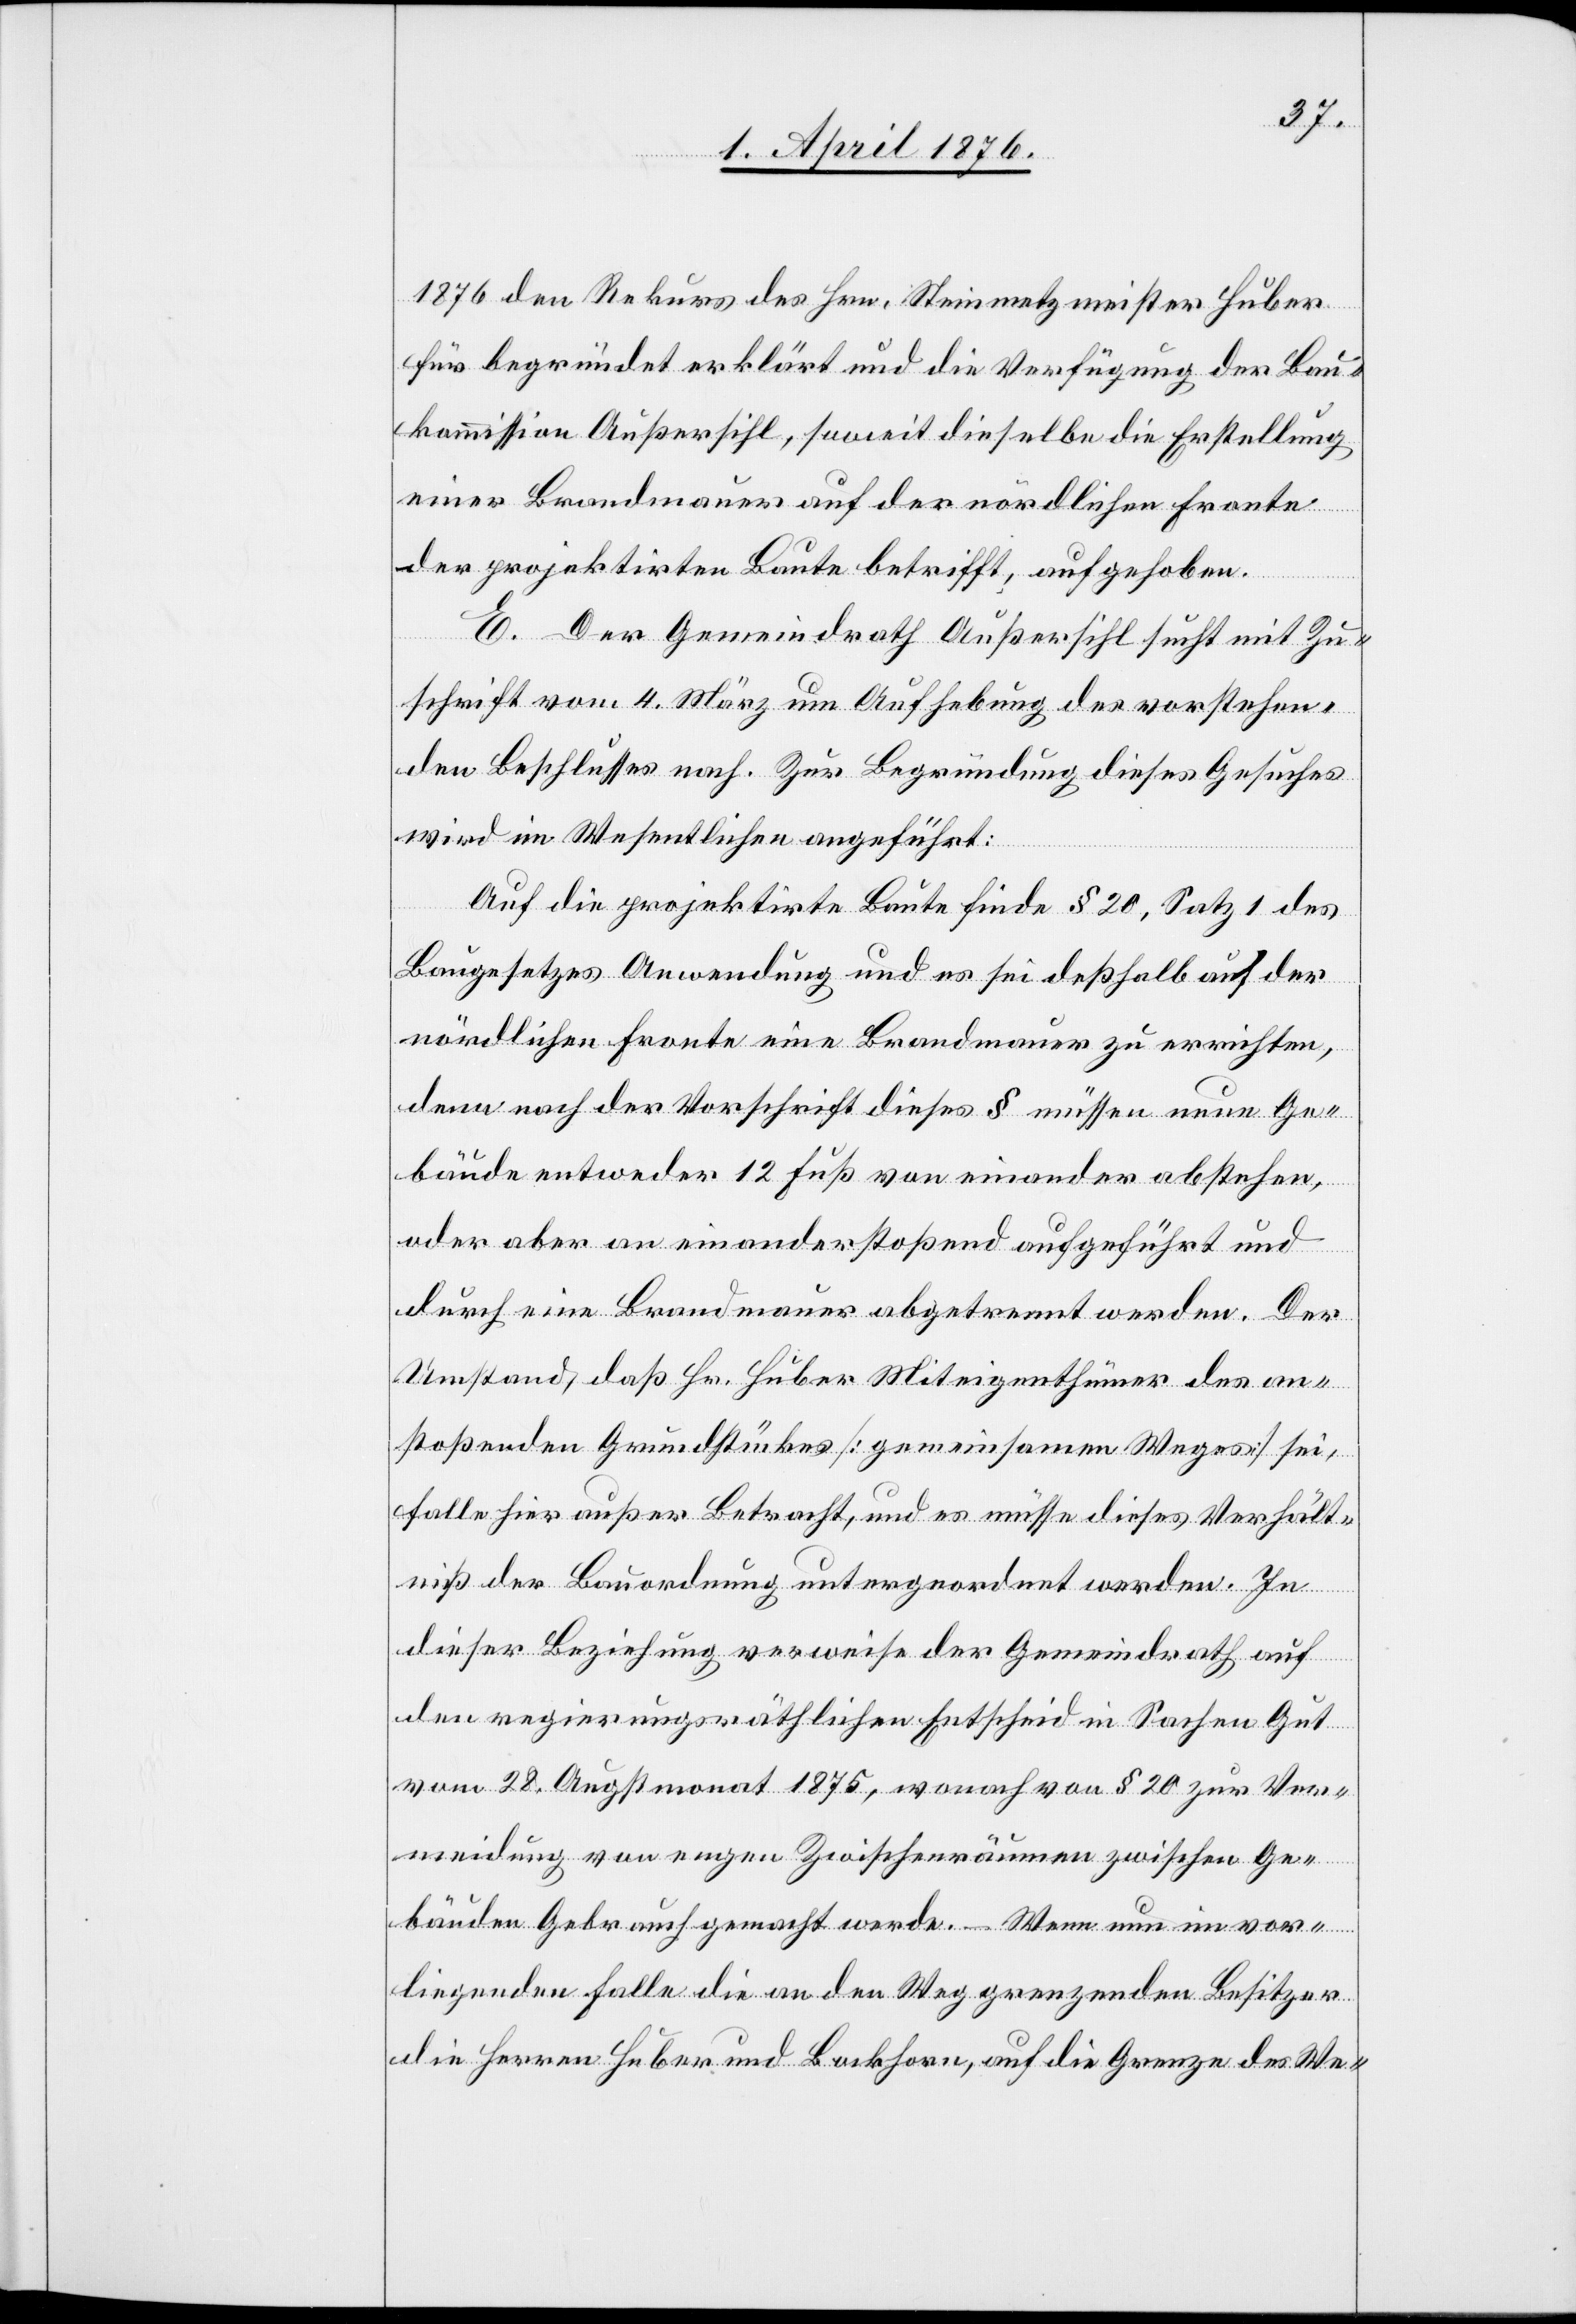
1876 den Rekurs des Hrn. Steinmetzmeister Huber
für begründet erklärt und die Verfügung der Bau¬
kommission Außersihl, soweit dieselbe die Erstellung
einer Brandmauer auf der nördlichen Fronte
der projektirten Baute betrifft, aufgehoben.
E. Der Gemeindrath Außersihl sucht mit Zu¬
schrift vom 4. März um Aufhebung des vorstehen¬
den Beschlusses nach. Zur Begründung dieses Gesuches
wird im Wesentlichen angeführt:
Auf die projektirte Baute finde § 20, Satz 1 des
Baugesetzes Anwendung und es sei deßhalb auf der
nördlichen Fronte eine Brandmauer zu errichten,
denn nach Vorschrift dieses § müssen neue Ge¬
bäude entweder 12 Fuß von einander abstehen,
oder aber an einanderstoßend aufgeführt und
durch eine Brandmauer abgetrennt werden. Der
Umstand, daß Hr. Huber Miteigenthümer des an¬
stoßenden Grundstückes [gemeinsamen Weges] sei,
falle hier außer Betracht, und es müsse dieses Verhält¬
niß der Bauordnung untergeordnet werden. In
dieser Beziehung verweise der Gemeindrath auf
den regierungsräthlichen Entscheid in Sachen Gut
vom 28. Augstmonat 1875, wonach von § 20 zur Ver¬
meidung von engen Zwischenräumen zwischen Ge¬
bäuden Gebrauch gemacht werde. – Wenn nun im vor¬
liegenden Falle die an den Weg grenzenden Besitzer
die Herren Huber und Bockhorn, auf die Grenze des We-